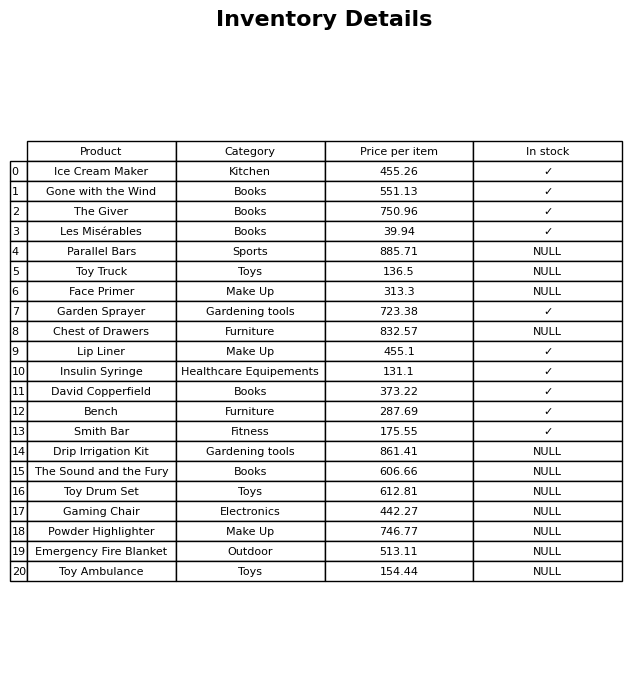
question: What is the price for Toy Ambulance?
answer: The price of Toy Ambulance is 154.44.